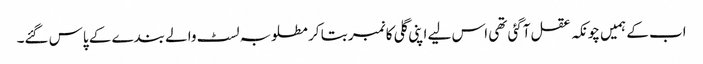
اب کے ہمیں چونکہ عقل آگئی تھی اس لیے اپنی گلی کا نمبر بتا کر مطلوبہ لسٹ والے بندے کے پاس گئے۔